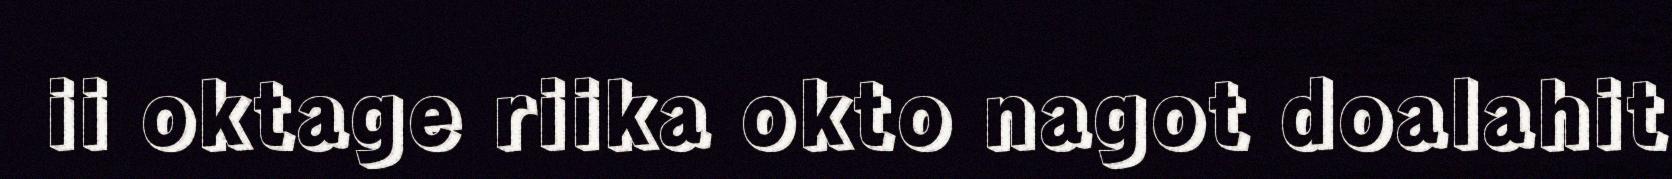
ii oktage riika okto nagot doalahit